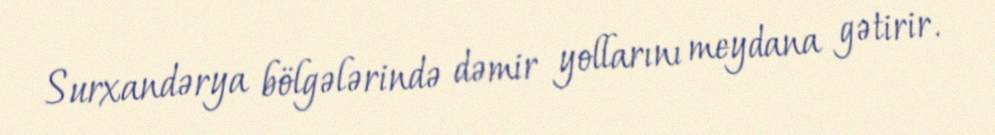
Surxandərya bölgələrində dəmir yollarını meydana gətirir.